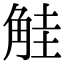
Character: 觟